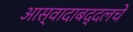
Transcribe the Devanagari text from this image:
आस्वादाबद्दलचे